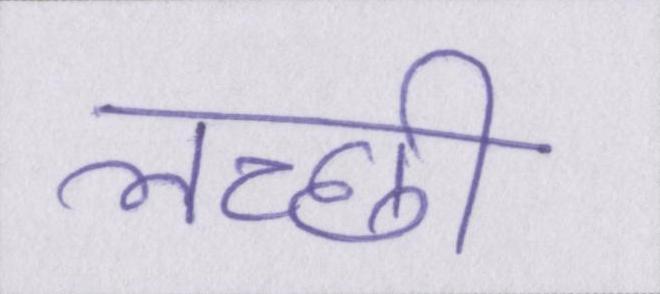
लच्छी